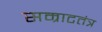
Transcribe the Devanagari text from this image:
सम्राटतंत्र